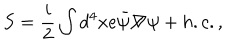
S = \frac { i } { 2 } \int d ^ { 4 } x e { \bar { \psi } } { \not \! \nabla } \psi + h . c . ,